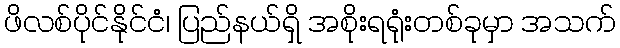
ဖိလစ်ပိုင်နိုင်ငံ၊ ပြည်နယ်ရှိ အစိုးရရုံးတစ်ခုမှာ အသက်